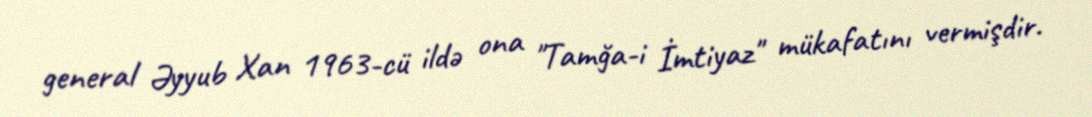
general Əyyub Xan 1963-cü ildə ona "Tamğa-i İmtiyaz" mükafatını vermişdir.